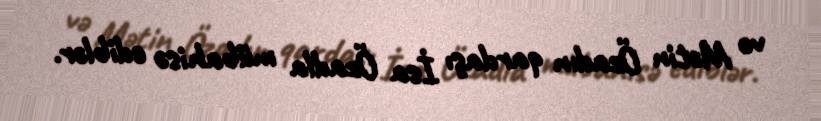
və Mətin Özadın qardaşı İsa Özadla mübahisə ediblər.